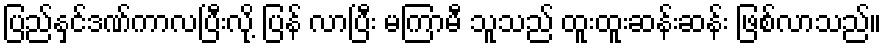
ပြည်နှင်ဒဏ်ကာလပြီးလို့ ပြန် လာပြီး မကြာမီ သူသည် ထူးထူးဆန်းဆန်း ဖြစ်လာသည်။